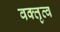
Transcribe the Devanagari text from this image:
वक्‍तृत्व